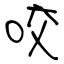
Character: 咬